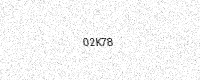
Text: 02K78